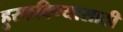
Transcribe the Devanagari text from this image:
हुस्कविण्यासाठी